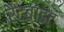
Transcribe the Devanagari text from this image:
रैटबाइट